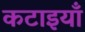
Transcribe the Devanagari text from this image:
कटाइयाँ